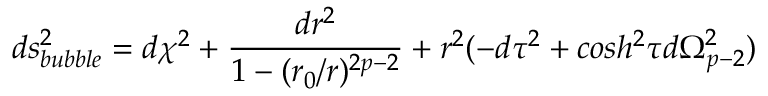
d s _ { b u b b l e } ^ { 2 } = d \chi ^ { 2 } + \frac { d r ^ { 2 } } { 1 - ( r _ { 0 } / r ) ^ { 2 p - 2 } } + r ^ { 2 } ( - d \tau ^ { 2 } + c o s h ^ { 2 } \tau d \Omega _ { p - 2 } ^ { 2 } )